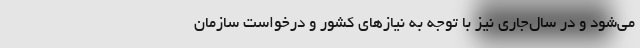
می‌شود و در سال‌جاری نیز با توجه به نیازهای کشور و درخواست سازمان